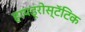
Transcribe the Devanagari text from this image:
हायड्रोस्टॅटिक